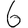
Digit: 6